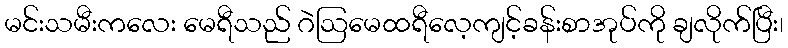
မင်းသမီးကလေး မေရီသည် ဂဲဩမေထရီလေ့ကျင့်ခန်းစာအုပ်ကို ချလိုက်ပြီး၊